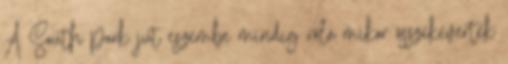
A South park jut eszembe mindig róla mikor összekeverték